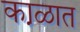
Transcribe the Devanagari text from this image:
का़ळात